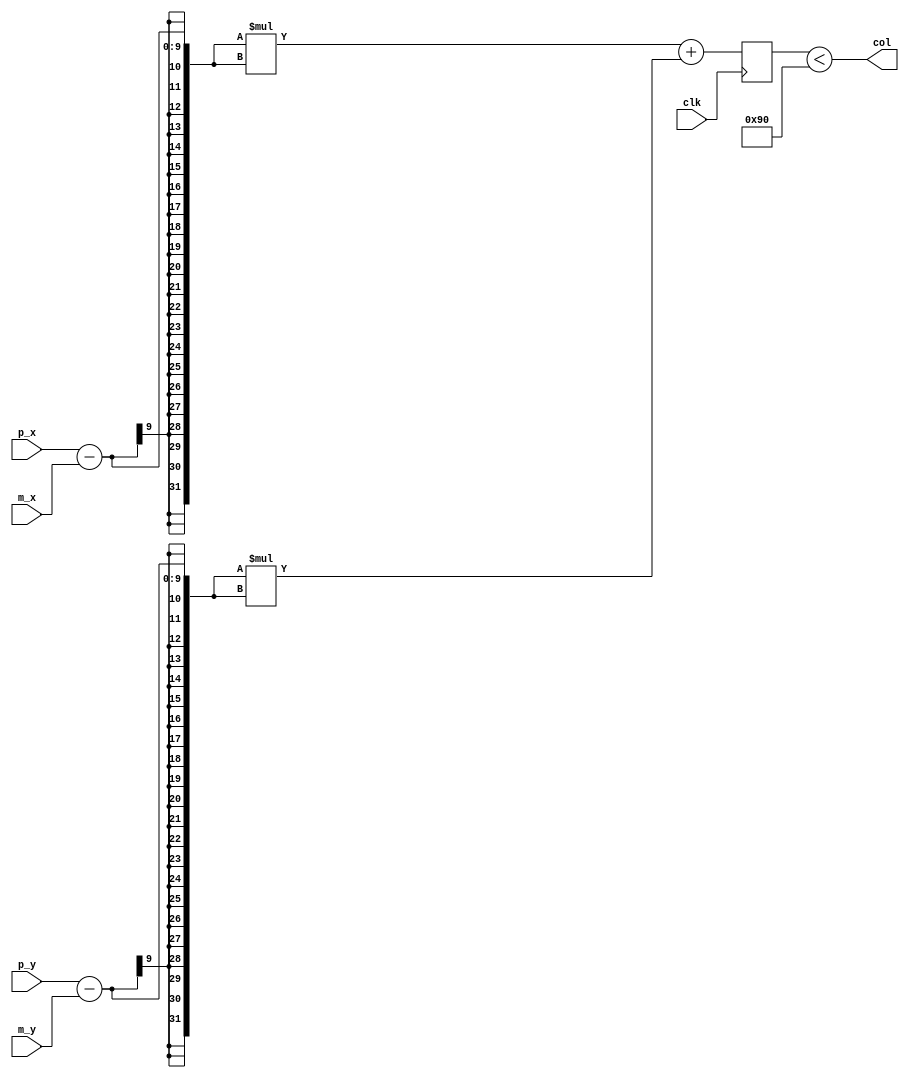
`timescale 1ns / 1ps
//////////////////////////////////////////////////////////////////////////////////
// Company: 
// Engineer: 
// 
// Design Name: 
// Module Name:    collision_detection 
// Project Name: 
// Target Devices: 
// Tool versions: 
// Description: 
//
// Dependencies: 
//
// Revision: 
// Revision 0.01 - File Created
// Additional Comments: 
//
//////////////////////////////////////////////////////////////////////////////////
module collision_detection(
    clk,
    p_x,
    p_y,
    m_x,
    m_y,
    col
);


input clk;
input [8:0] p_x, p_y, m_x, m_y;
output col;

integer distance;

assign col = (distance < 144);

always @(posedge clk)
begin
    distance = (p_x - m_x) * (p_x - m_x) + (p_y - m_y)*(p_y - m_y);
end



endmodule